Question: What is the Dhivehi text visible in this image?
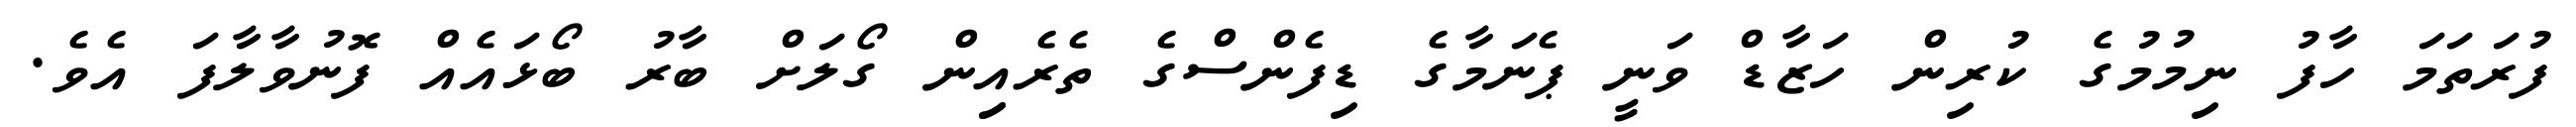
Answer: ފުރަތަމަ ހާފު ނިމުމުގެ ކުރިން ހަޒާޑް ވަނީ ޕެނަމާގެ ޑިފެންސްގެ ތެރެއިިން ގޯލަށް ބާރު ބޯޅައެއް ފޮނުވާލާފަ އެވެ.